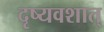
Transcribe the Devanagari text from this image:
दृष्यवशात्